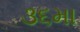
૩૬મા